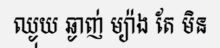
ឈ្ងុយ ឆ្ងាញ់ ម្យ៉ាង តែ មិន